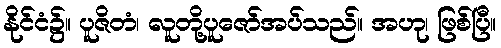
နိုင်ငံ၌။ ပူဇိတံ၊ လူတို့ပူဇော်အပ်သည်။ အဟု၊ ဖြစ်ပြီ။